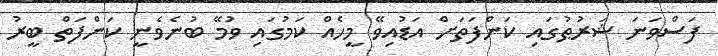
ފަސްވަނަ ޝަރުޠުގައި ކަންފަތަށް އަޑުއިވޭ މީހެއް ކަމުގައި ވުމޭ ބުނެވެނީ ކަންފަތް ބީރު